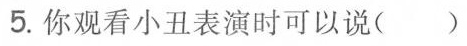
5.你观看小丑表演时可以说（）